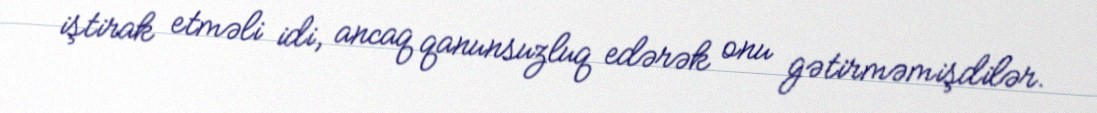
iştirak etməli idi, ancaq qanunsuzluq edərək onu gətirməmişdilər.